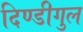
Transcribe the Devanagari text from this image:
दिण्डीगुल